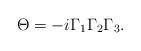
LaTeX: \begin{align*}\Theta = -i \Gamma_1 \Gamma_2 \Gamma_3.\end{align*}